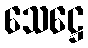
သေဋ္ဌေ